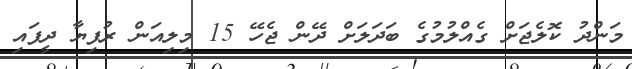
މަންދު ކޮލެޖަށް ގެއްލުމުގެ ބަދަލަށް ދޭން ޖެހޭ 15 މިލިއަން ރުފިޔާ ދީފައި